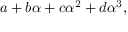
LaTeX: a + b \alpha + c \alpha ^ { 2 } + d \alpha ^ { 3 } ,